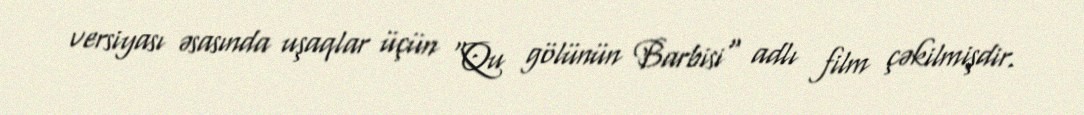
versiyası əsasında uşaqlar üçün "Qu gölünün Barbisi" adlı film çəkilmişdir.